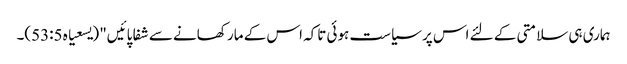
ہماری ہی سلامتی کے لئے اس پر سیاست ہوئی تاکہ اس کے مار کھانے سے شفا پائیں" (یسعیاہ 53:5)۔